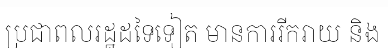
ប្រជាពលរដ្ឋដទៃទៀត មានការរីករាយ និង